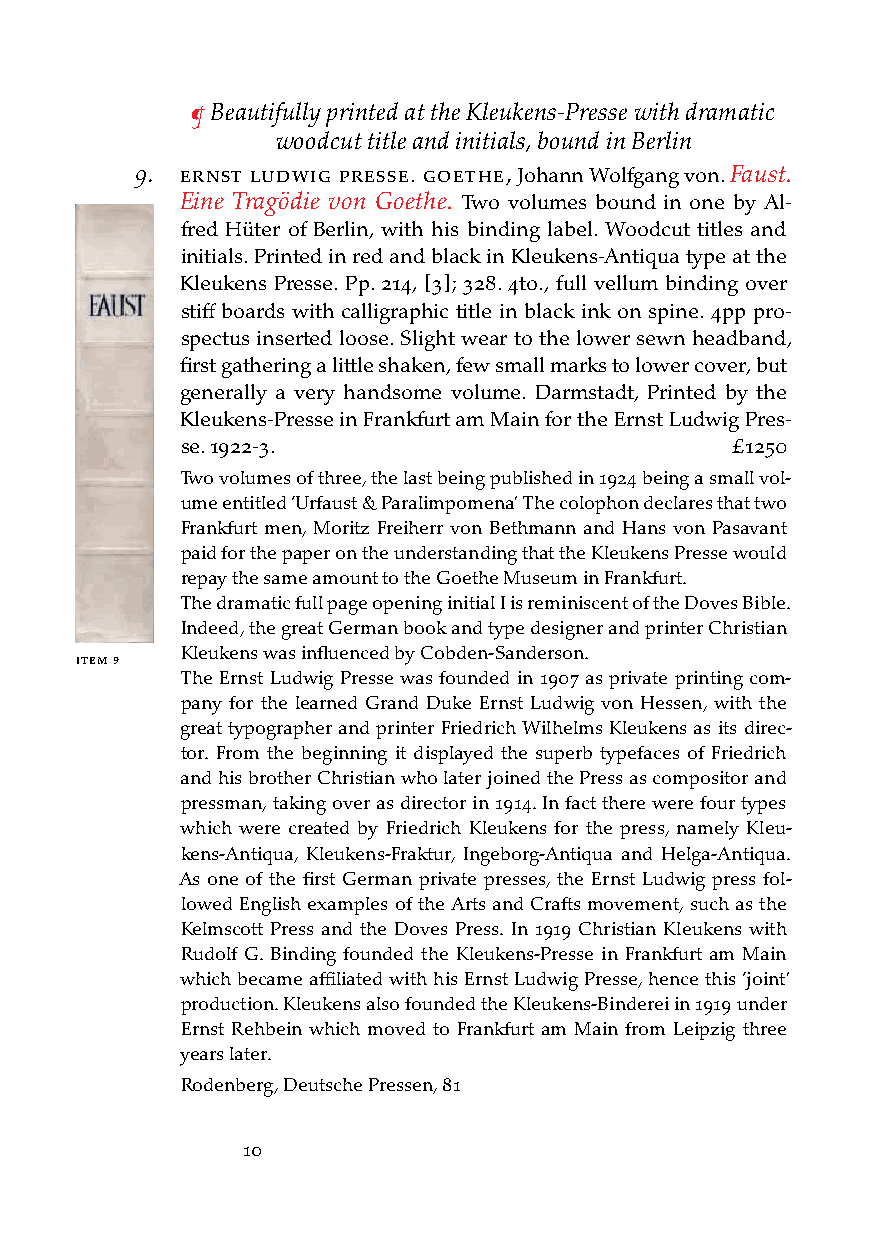
¶ Beautifully printed at the Kleukens-Presse with dramatic
 woodcut title and initials, bound in Berlin
 9. ernst ludWig Presse. goetHe, Johann Wolfgang von. Faust.
 Eine Tragödie von Goethe. Two volumes bound in one by Al-
 iteM 7      fred Hüter of Berlin, with his binding label. Woodcut titles and
 initials. Printed in red and black in Kleukens-Antiqua type at the
 Kleukens Presse. Pp. 214, [3]; 328. 4to., full vellum binding over
 stiff boards with calligraphic title in black ink on spine. 4pp pro-
 spectus inserted loose. Slight wear to the lower sewn headband,
 first gathering a little shaken, few small marks to lower cover, but
 generally a very handsome volume. Darmstadt, Printed by the
 Kleukens-Presse in Frankfurt am Main for the Ernst Ludwig Pres-
 se. 1922-3.                         £1250
 Two volumes of three, the last being published in 1924 being a small vol-
 ume entitled ‘Urfaust & Paralimpomena’ The colophon declares that two
 Frankfurt men, Moritz Freiherr von Bethmann and Hans von Pasavant
 paid for the paper on the understanding that the Kleukens Presse would
 repay the same amount to the Goethe Museum in Frankfurt.
 The dramatic full page opening initial I is reminiscent of the Doves Bible.
 Indeed, the great German book and type designer and printer Christian
 Kleukens was influenced by Cobden-Sanderson.
 iteM 9
 The Ernst Ludwig Presse was founded in 1907 as private printing com-
 pany for the learned Grand Duke Ernst Ludwig von Hessen, with the
 great typographer and printer Friedrich Wilhelms Kleukens as its direc-
 tor. From the beginning it displayed the superb typefaces of Friedrich
 and his brother Christian who later joined the Press as compositor and
 pressman, taking over as director in 1914. In fact there were four types
 which were created by Friedrich Kleukens for the press, namely Kleu-
 kens-Antiqua, Kleukens-Fraktur, Ingeborg-Antiqua and Helga-Antiqua.
 As one of the first German private presses, the Ernst Ludwig press fol-
 lowed English examples of the Arts and Crafts movement, such as the
 Kelmscott Press and the Doves Press. In 1919 Christian Kleukens with
 iteM 8
 Rudolf G. Binding founded the Kleukens-Presse in Frankfurt am Main
 which became affiliated with his Ernst Ludwig Presse, hence this ‘joint’
 production. Kleukens also founded the Kleukens-Binderei in 1919 under
 Ernst Rehbein which moved to Frankfurt am Main from Leipzig three
 years later.
 Rodenberg, Deutsche Pressen, 81
 10